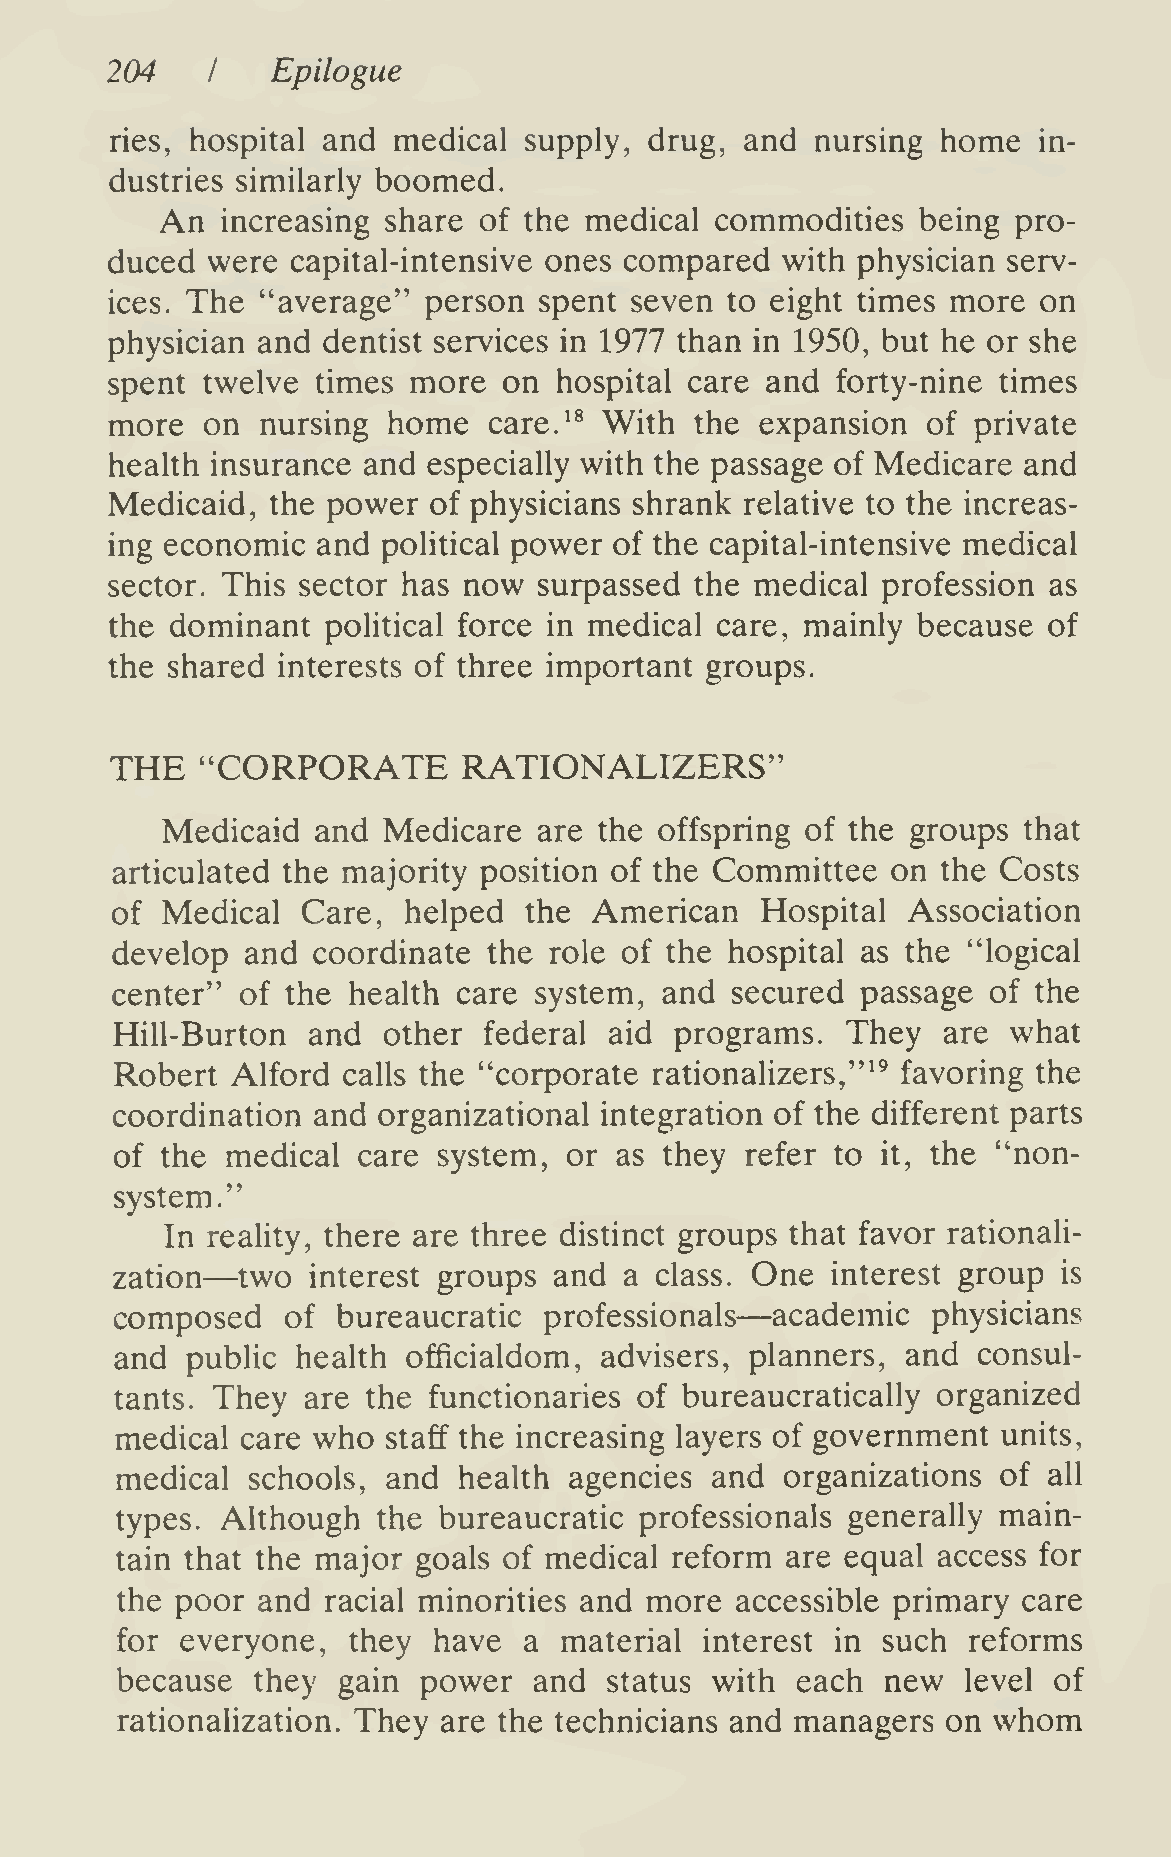
204        Epilogue
 I
 ries, hospital and medical  supply, drug, and  nursing home   in-
 dustries similarly boomed.
 An  increasing share of the medical commodities   being pro-
 duced  were capital-intensive ones compared  with physician serv-
 ices. The "average"  person  spent seven to eight times more  on
 physician and dentist services in 1977 than in 1950, but he or she
 spent twelve  times more  on  hospital care and forty-nine times
 more  on  nursing  home  care.^* With  the expansion  of private
 health insurance and especially with the passage of Medicare and
 Medicaid,  the power of physicians shrank relative to the increas-
 ing economic  and political power of the capital-intensive medical
 sector. This sector has now  surpassed the medical profession as
 the dominant   political force in medical care, mainly because of
 the shared interests of three important groups.
 THE   "CORPORATE        RATIONALIZERS"
 Medicaid  and Medicare   are the offspring of the groups that
 articulated the majority position of the Committee  on the Costs
 of  Medical  Care,  helped  the American   Hospital  Association
 develop  and  coordinate the role of the hospital as the "logical
 center"  of the health care system,  and secured  passage  of the
 Hill-Burton and  other  federal aid  programs.  They  are  what
 Robert Alford  calls the "corporate rationalizers,"^^ favoring the
 coordination  and organizational integration of the different parts
 of the medical  care system,  or as they refer to it, the "non-
 system."
 In reality, there are three distinct groups that favor rationali-
 —
 zation   two interest groups  and a class. One  interest group is
 —
 composed   of bureaucratic  professionals  academic   physicians
 and public  health officialdom, advisers, planners, and  consul-
 tants. They are the functionaries of bureaucratically organized
 medical care who  staff the increasing layers of government units,
 medical schools,  and health  agencies and  organizations of all
 types. Although  the bureaucratic professionals generally main-
 tain that the major goals of medical reform are equal access for
 the poor and racial minorities and more  accessible primary care
 for everyone,  they  have  a material  interest in such reforms
 because  they gain  power  and  status with  each  new  level of
 rationalization. They are the technicians and managers on whom